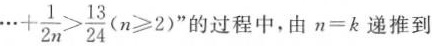
\cdots + \frac { 1 } { 2 n } > \frac { 1 3 } { 2 4 } ( n ≥ 2)$$” 的过程中，由$$n = k$$递推到